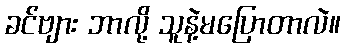
ခင်ဗျား ဘာလို့ သူနဲ့မပြောတာလဲ။